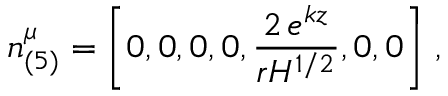
n _ { ( 5 ) } ^ { \mu } = \left[ 0 , 0 , 0 , 0 , \frac { 2 \, e ^ { k z } } { r H ^ { 1 / 2 } } , 0 , 0 \right] \, ,